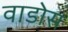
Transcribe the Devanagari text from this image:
वाडोस